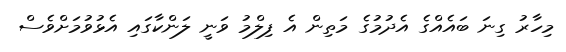
މިހާރު ގިނަ ބައެއްގެ އެދުމުގެ މަތިން އެ ފިލްމު ވަނީ ލަންކާގައި އެޅުވުމަށްވެސް